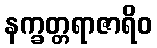
နက္ခတ္တရာဇာရိဝ